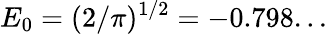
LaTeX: E_{0}=(2/\pi)^{1/2}=-0.798...